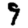
Digit: 9